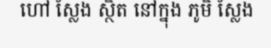
ហៅ ស្លែង ស្ថិត នៅក្នុង ភូមិ ស្លែង